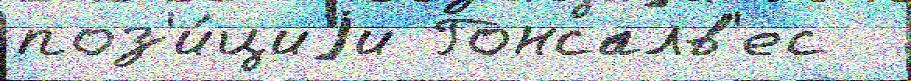
поз'и́циjи Гонсалв'ес